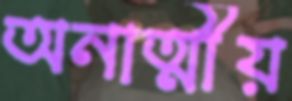
অনাত্মীয়